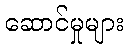
ဆောင်မှုများ